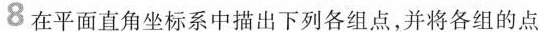
8在平面直角坐标系中描出下列各组点，并将各组的点